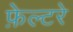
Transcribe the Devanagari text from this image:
फ़ेल्टरे